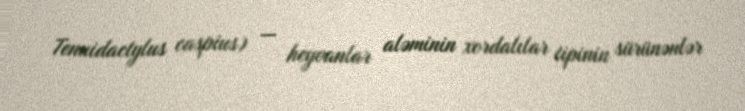
Tenuidactylus caspius) — heyvanlar aləminin xordalılar tipinin sürünənlər